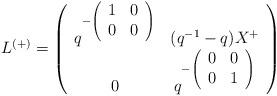
LaTeX: \begin{align*}L^{(+)}=\left(\begin{array}{cc}q^{-\left(\begin{array}{cc}1&0\\0&0\end{array}\right)}&(q^{-1}-q)X^{+}\\0&q^{-\left(\begin{array}{cc}0&0\\0&1\end{array}\right)}\end{array}\right)\end{align*}